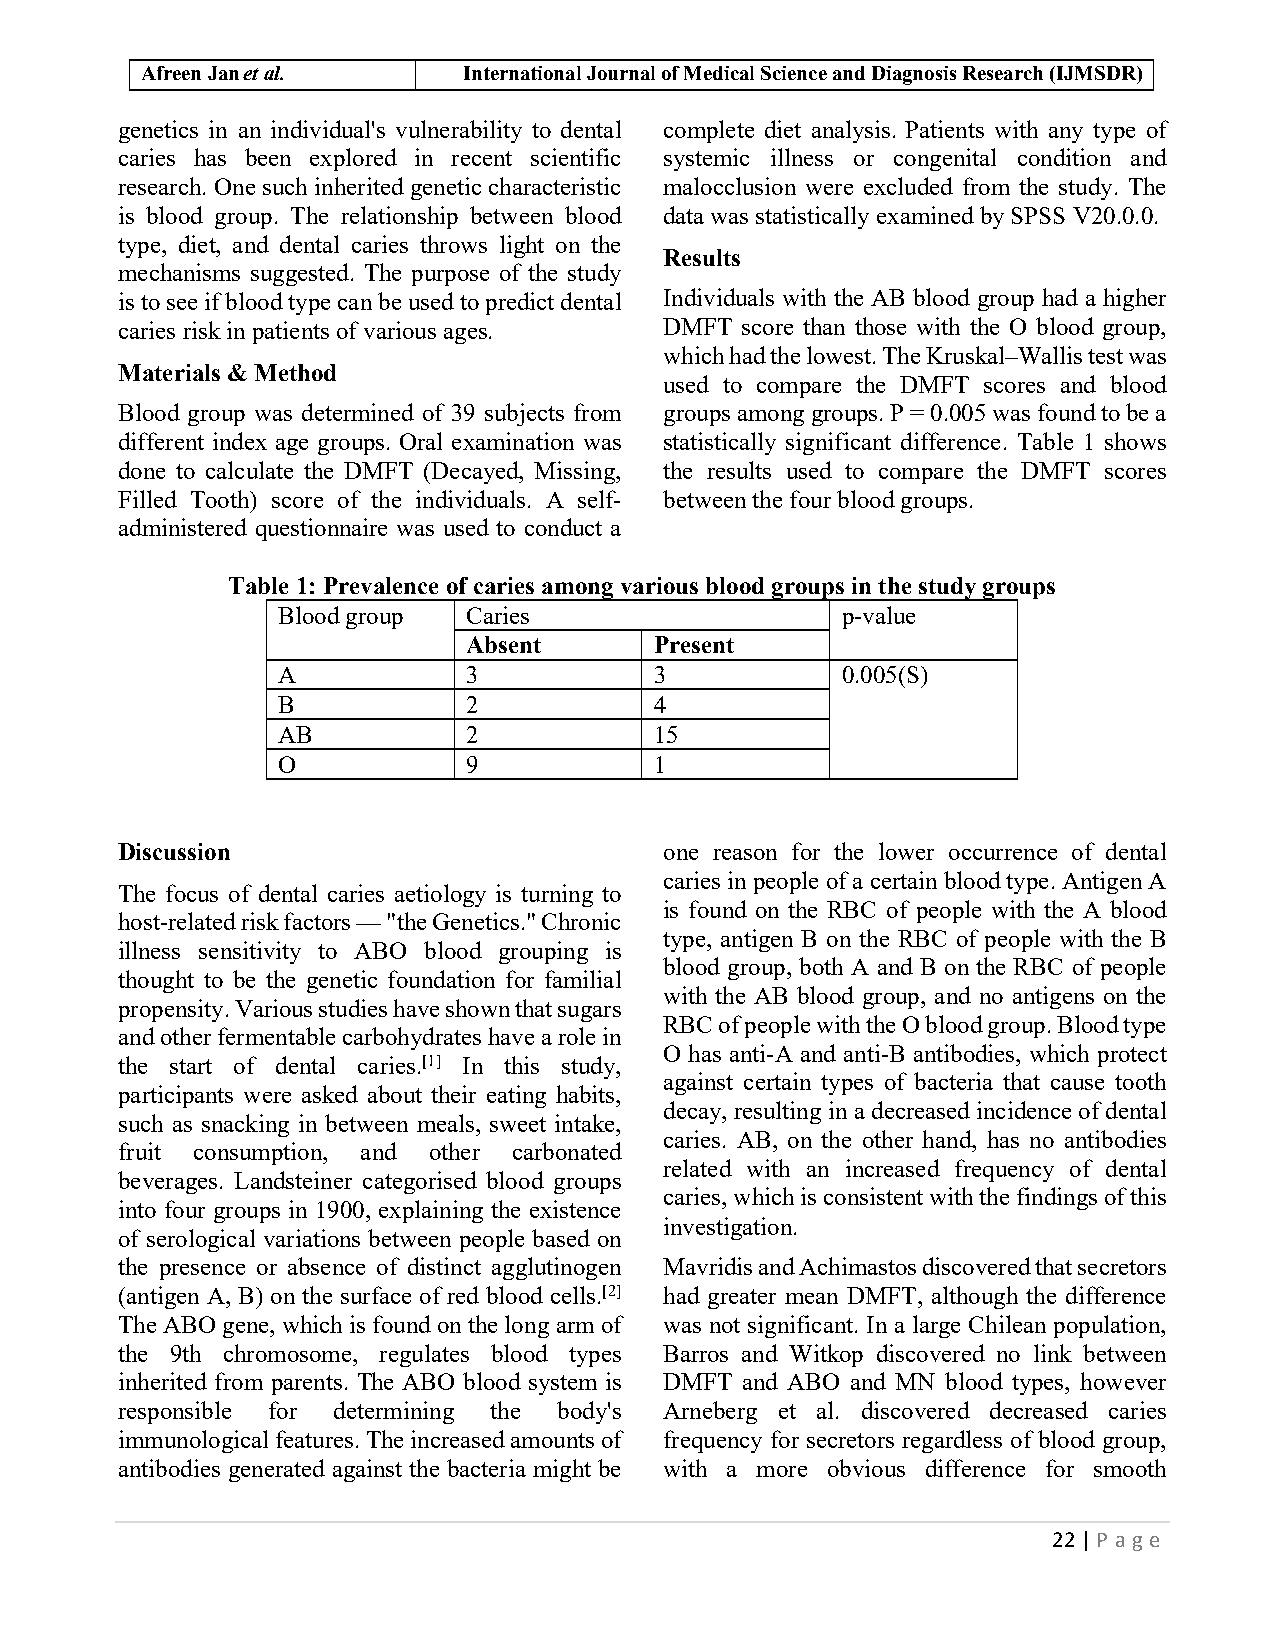
Afreen Jan et al.     International Journal of Medical Science and Diagnosis Research (IJMSDR)
 genetics in an individual's vulnerability to dental complete diet analysis. Patients with any type of
 caries has been explored in recent scientific systemic illness or congenital condition and
 research. One such inherited genetic characteristic malocclusion were excluded from the study. The
 is blood group. The relationship between blood data was statistically examined by SPSS V20.0.0.
 type, diet, and dental caries throws light on the
 Results
 mechanisms suggested. The purpose of the study
 is to see if blood type can be used to predict dental Individuals with the AB blood group had a higher
 caries risk in patients of various ages. DMFT score than those with the O blood group,
 which had the lowest. The Kruskal–Wallis test was
 Materials & Method
 used to compare the DMFT scores and blood
 Blood group was determined of 39 subjects from groups among groups. P = 0.005 was found to be a
 different index age groups. Oral examination was statistically significant difference. Table 1 shows
 done to calculate the DMFT (Decayed, Missing, the results used to compare the DMFT scores
 Filled Tooth) score of the individuals. A self- between the four blood groups.
 administered questionnaire was used to conduct a
 Table 1: Prevalence of caries among various blood groups in the study groups
 Blood group  Caries                   p-value
 Absent      Present
 A            3           3            0.005(S)
 B            2           4
 AB           2           15
 O            9           1
 Discussion                          one reason for the lower occurrence of dental
 caries in people of a certain blood type. Antigen A
 The focus of dental caries aetiology is turning to
 is found on the RBC of people with the A blood
 host-related risk factors — "the Genetics." Chronic
 type, antigen B on the RBC of people with the B
 illness sensitivity to ABO blood grouping is
 blood group, both A and B on the RBC of people
 thought to be the genetic foundation for familial
 with the AB blood group, and no antigens on the
 propensity. Various studies have shown that sugars
 RBC of people with the O blood group. Blood type
 and other fermentable carbohydrates have a role in
 O has anti-A and anti-B antibodies, which protect
 the start of dental caries.[1] In this study,
 against certain types of bacteria that cause tooth
 participants were asked about their eating habits,
 decay, resulting in a decreased incidence of dental
 such as snacking in between meals, sweet intake,
 caries. AB, on the other hand, has no antibodies
 fruit consumption, and other carbonated
 related with an increased frequency of dental
 beverages. Landsteiner categorised blood groups
 caries, which is consistent with the findings of this
 into four groups in 1900, explaining the existence
 investigation.
 of serological variations between people based on
 the presence or absence of distinct agglutinogen Mavridis and Achimastos discovered that secretors
 (antigen A, B) on the surface of red blood cells.[2] had greater mean DMFT, although the difference
 The ABO gene, which is found on the long arm of was not significant. In a large Chilean population,
 the 9th chromosome, regulates blood types Barros and Witkop discovered no link between
 inherited from parents. The ABO blood system is DMFT and ABO and MN blood types, however
 responsible for determining the body's Arneberg et al. discovered decreased caries
 immunological features. The increased amounts of frequency for secretors regardless of blood group,
 antibodies generated against the bacteria might be with a more obvious difference for smooth
 22 | Page